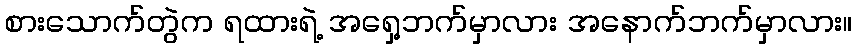
စားသောက်တွဲက ရထားရဲ့ အရှေ့ဘက်မှာလား အနောက်ဘက်မှာလား။